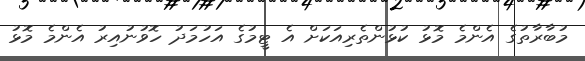
މުބާރާތުގެ އެންމެ މޮޅު ކުޅުންތެރިއަކަށް އެ ޓީމުގެ އަހުމަދު ހޮވުނުއިރު އެންމެ މޮޅު